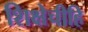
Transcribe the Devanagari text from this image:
शिक्षेचीहि